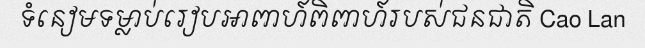
ទំនៀមទម្លាប់រៀបអាពាហ៍ពិពាហ៍របស់ជនជាតិ Cao Lan